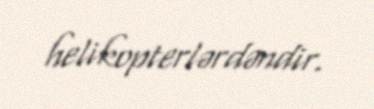
helikopterlərdəndir.